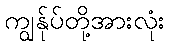
ကျွန်ုပ်တို့အားလုံး